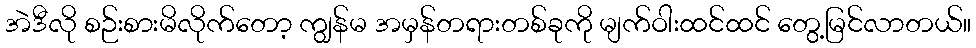
အဲဒီလို စဉ်းစားမိလိုက်တော့ ကျွန်မ အမှန်တရားတစ်ခုကို မျက်ဝါးထင်ထင် တွေ့မြင်လာတယ်။